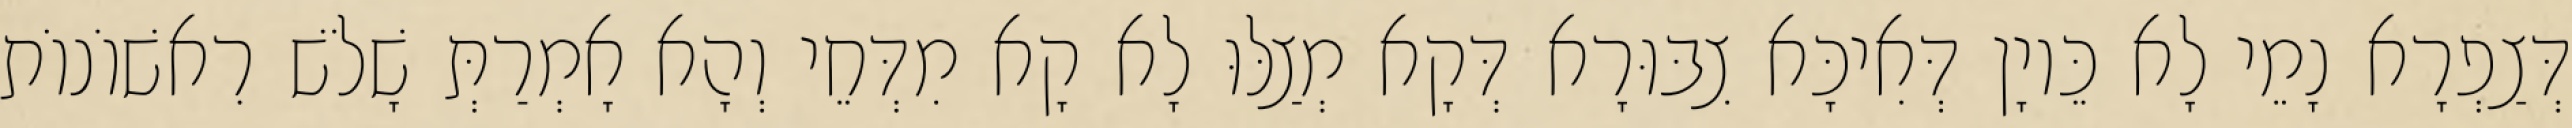
דְּצַפְרָא נָמֵי לָא כֵּיוָן דְּאִיכָּא צִבּוּרָא דְּקָא מְצַלּוּ לָא קָא מִדְּחֵי וְהָא אָמְרַתְּ שָׁלֹשׁ רִאשׁוֹנוֹת